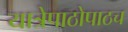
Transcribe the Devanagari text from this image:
यात्रेपाठोपाठच